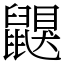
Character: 鼳